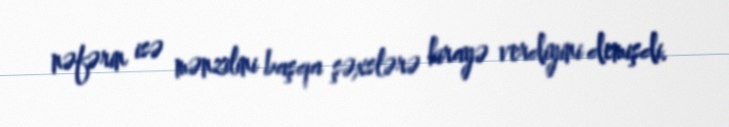
nəfərin isə mənzilini başqa şəxslərə kirayə verdiyini demişdi.